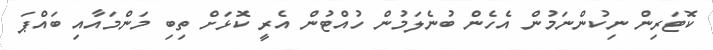
ކޮޓަރިން ނިކުންނަމުން އެހެން ބުނެލަމުން ހުއްޓުން އެރީ ކޮޅަށް ތިބި މަންމައާއި ބައްޕަ